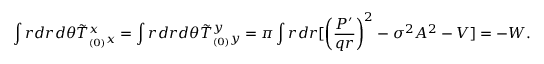
\int r d r d \theta \tilde { T } _ { _ { ( 0 ) } x } ^ { x } = \int r d r d \theta \tilde { T } _ { _ { ( 0 ) } y } ^ { y } = \pi \int r d r [ \left( \frac { P ^ { \prime } } { q r } \right) ^ { 2 } - \sigma ^ { 2 } A ^ { 2 } - V ] = - W .